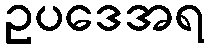
ဥပဒေအရ